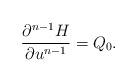
LaTeX: \begin{align*} \frac{\partial^{n-1}H}{\partial u^{n-1}}=Q_0.\end{align*}